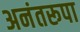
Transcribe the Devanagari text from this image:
अनंतरूपा